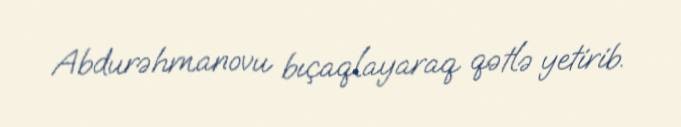
Abdurəhmanovu bıçaqlayaraq qətlə yetirib.